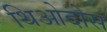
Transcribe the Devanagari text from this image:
थिओदोस